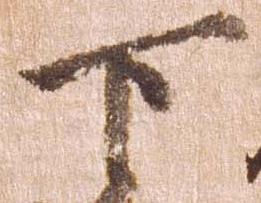
下